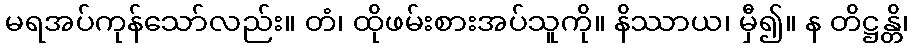
မရအပ်ကုန်သော်လည်း။ တံ၊ ထိုဖမ်းစားအပ်သူကို။ နိဿာယ၊ မှီ၍။ န တိဋ္ဌန္တိ၊